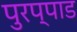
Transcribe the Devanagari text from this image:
पुरप्पाड